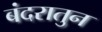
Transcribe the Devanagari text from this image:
बंदरातुन